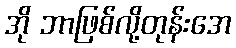
အို ဘာဖြစ်လို့တုန်းအေ